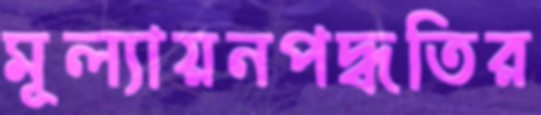
মূল্যায়নপদ্ধতির